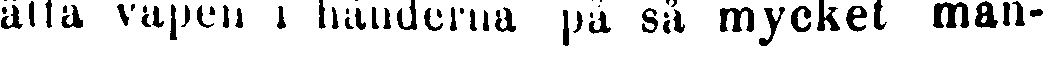
sätta vapen i händerna på så mycket man-